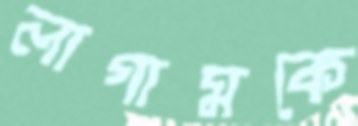
লাগামকে